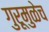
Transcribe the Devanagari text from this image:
गुरूमुळेच